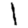
Digit: 1